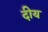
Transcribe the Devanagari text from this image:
दीय